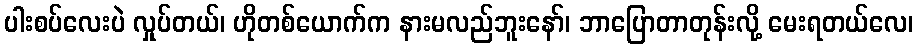
ပါးစပ်လေးပဲ လှုပ်တယ်၊ ဟိုတစ်ယောက်က နားမလည်ဘူးနော်၊ ဘာပြောတာတုန်းလို့ မေးရတယ်လေ၊